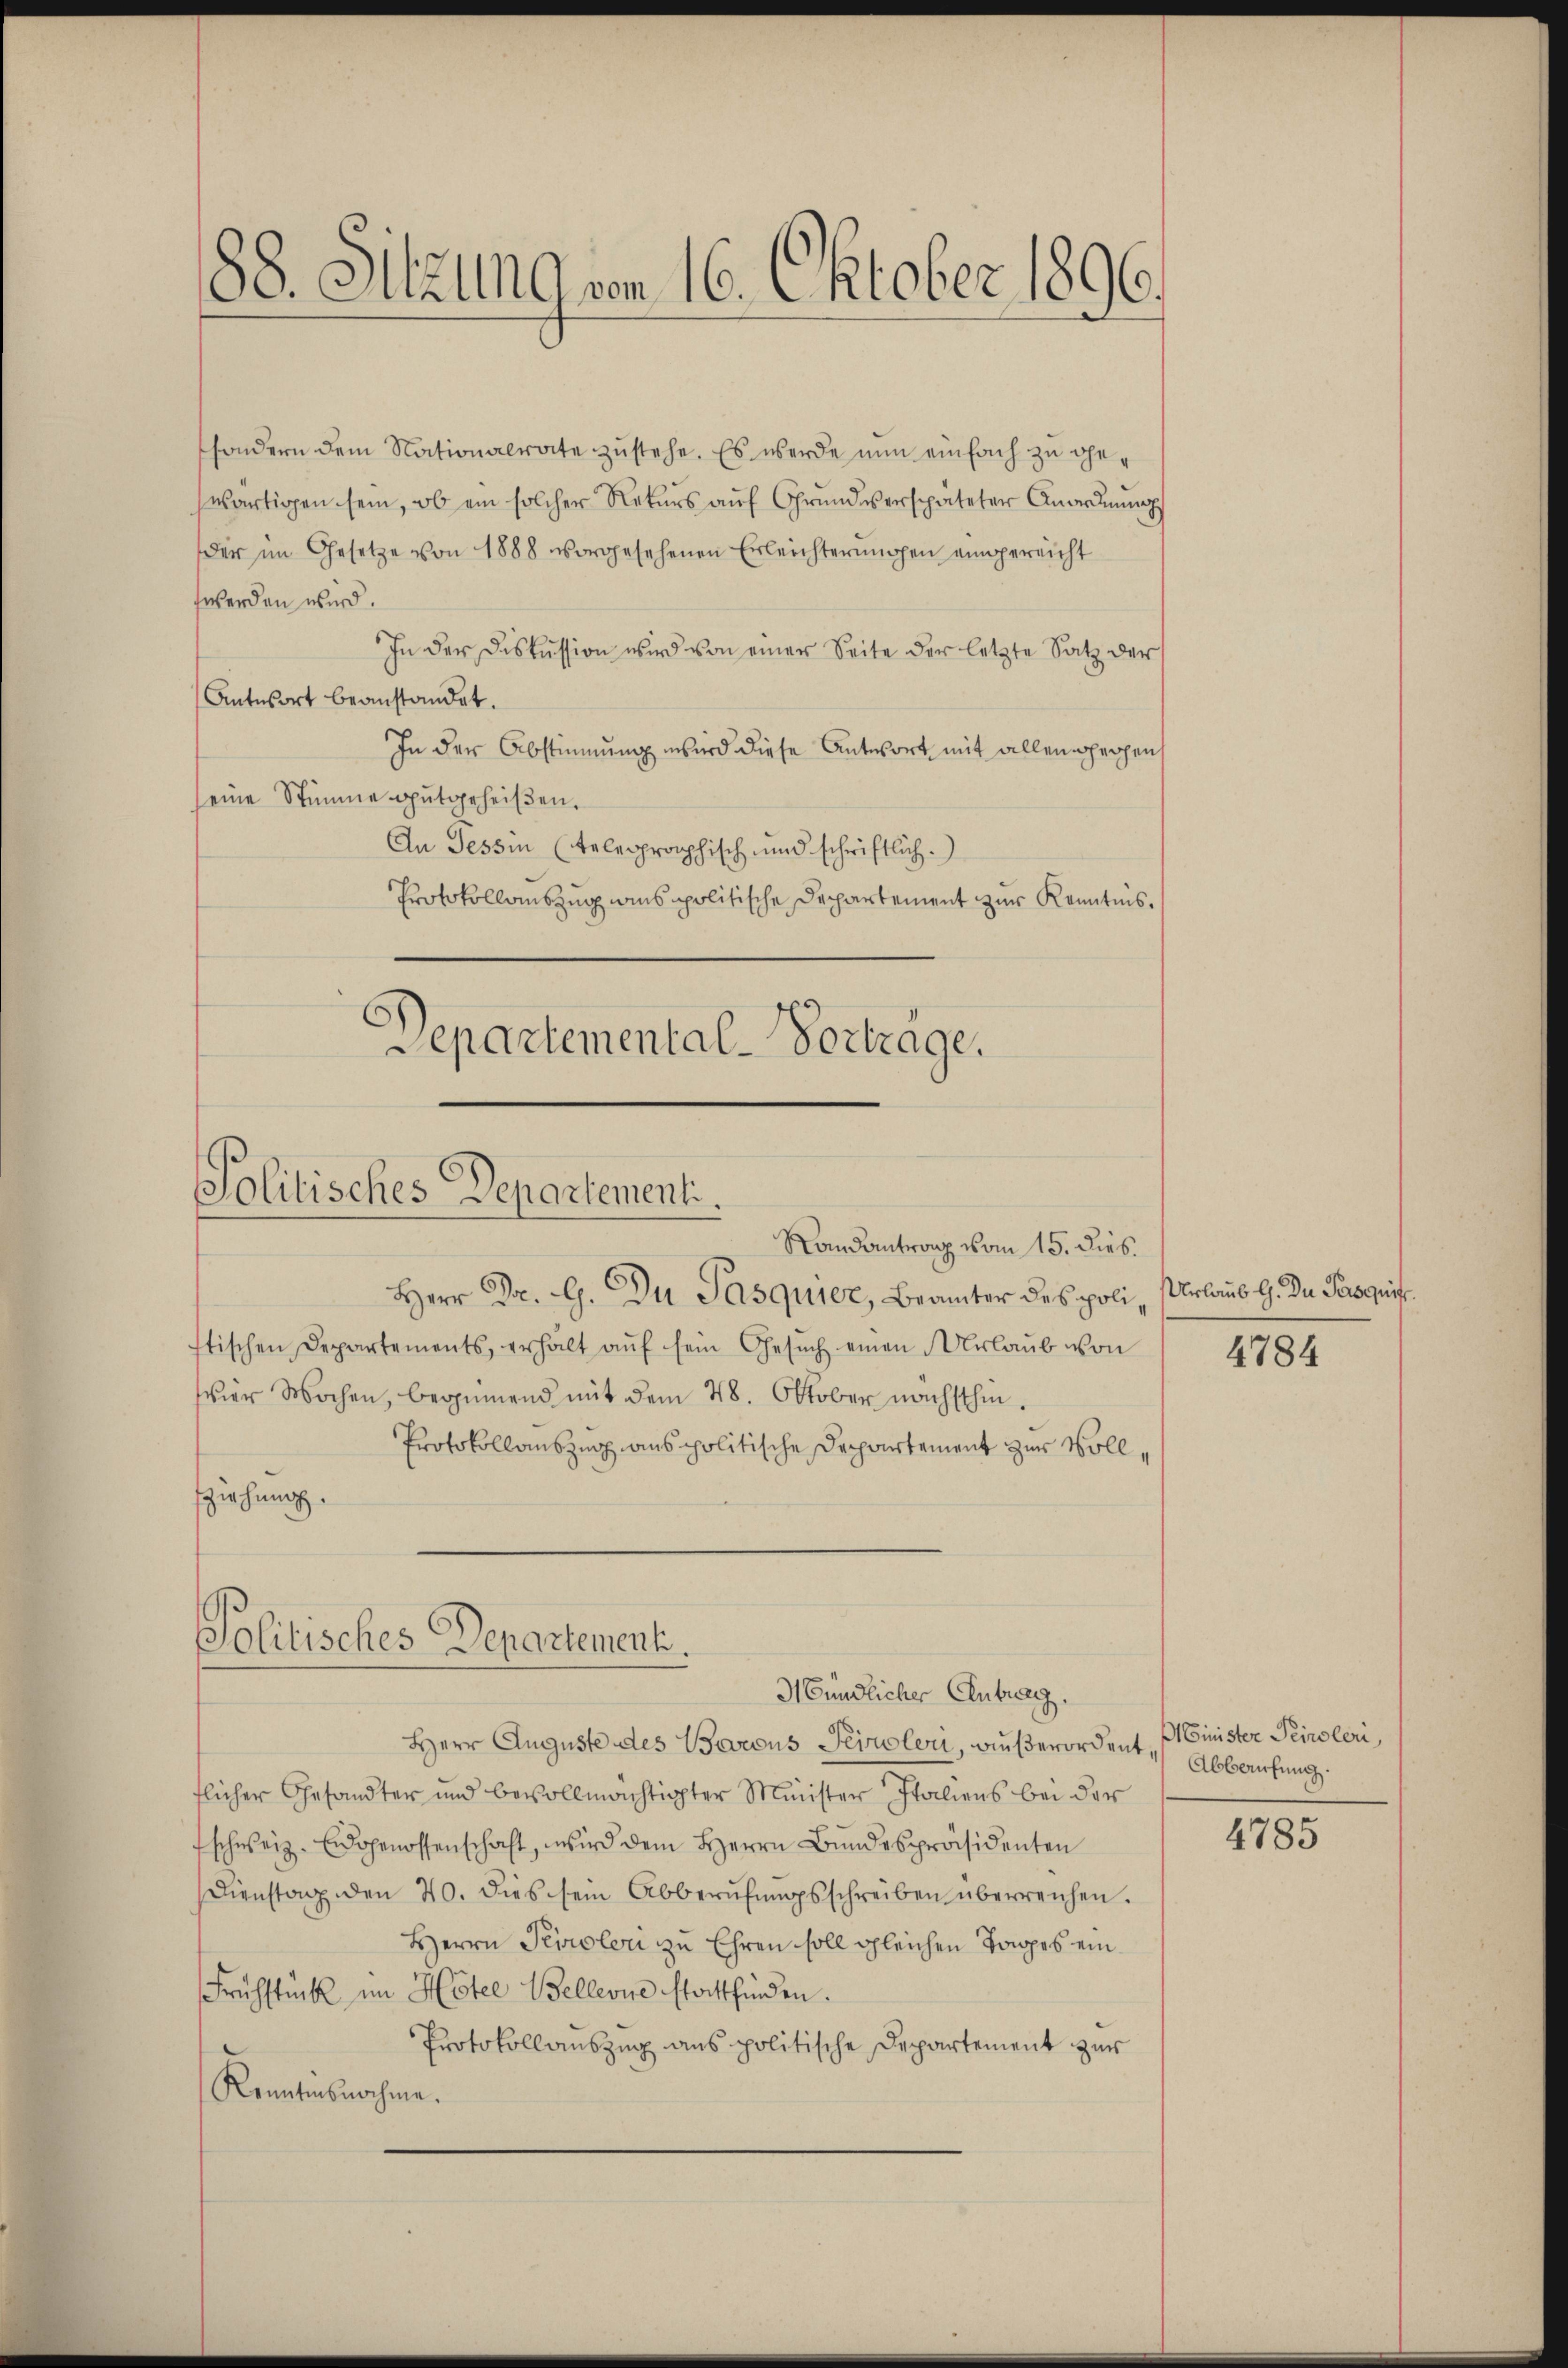
88. Sitzung vom 16. Oktober 1896.

sondern dem Nationalrate zustehe. Es werde nun einfach zu gezwärtigen sein, ob ein solcher Rekurs auf Grundverspäteter Anordnung
der im Gesetze von 1888 vorgesehenen Erleichterungen eingereicht
werden wird.
In der Diskussion wird von einer Seite der letzte Satz der
Antwort beanstandet.
In der Abstimmung wird diese Antwort mit allen gegen
eine Stimme gutgeheißen.
An Tessin (telegraphisch und schriftlich.)
Protokollauszug ains politische Departement zur Kenntnis.

Herr Dr. G. Du Pasquier, Beamter des poli, Urlaus G. Dn. Progrif
stischen Departements, erhält aŭf sein Gesŭch einen Urlaŭb von
vier Wochen, beginnend mit dem 28. Oktober nächsthin¬
Protokollauszug aus politische Departement zur Vollfziehung.

Departemental-Vortrage.
Solitisches Departement.
Randantrag vom 15. dies.

Politisches Departement.
Mündlicher Antrag.

Herr Auguste des Barons Tiroler, außerordent,
flicher Gesandter und bevollmächtigter Minister Italiens bei der
schweiz. Eidgenossenschaft, wird dem Herrn Bŭndespräsidenten
Dienstag den 20. dies sein Abberŭfŭngsschreiben überreichen.
Herrn Tiroleri zu Ehren soll gleichen Tages ein¬
Frühstück im Hotel Bellerie stattfinden.
Protokollauszug aus politische Departement zur
Kenntnisnahme.

4784

Minister Peiroleri
Abberufung.

4785